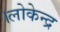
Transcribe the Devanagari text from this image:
।लोकेन्द्र